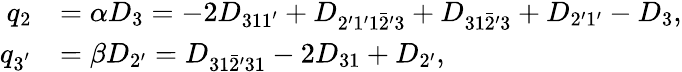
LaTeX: \begin{array}{rl}{q_{2}}&{=\alpha{D_{3}}=-2{D_{311^{\prime}}}+{D_{2^{\prime}1^{\prime}1\bar{2}^{\prime}\mathrm{{3}}}}+{D_{31\bar{2}^{\prime}{\mathrm{3}}}}+{D_{2^{\prime}1^{\prime}}}-{D_{3}},}\\ {q_{3^{'}}}&{=\beta{D_{2^{\prime}}}={D_{31\bar{2}^{\prime}31}}-2{D_{31}}+{D_{2^{\prime}}},}\end{array}